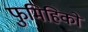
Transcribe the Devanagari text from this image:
फुमिहिको